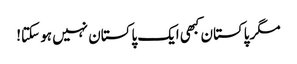
مگر پاکستان کبھی ایک پاکستان نہیں ہو سکتا!